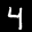
Label: 4